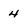
Character: 4